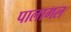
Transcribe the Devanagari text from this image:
पालागल